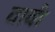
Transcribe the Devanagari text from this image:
वावी